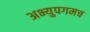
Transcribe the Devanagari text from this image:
अभ्युपगमच